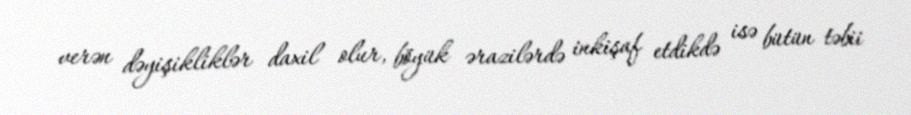
verən dəyişikliklər daxil olur, böyük ərazilərdə inkişaf etdikdə isə bütün təbii